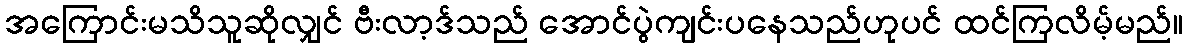
အကြောင်းမသိသူဆိုလျှင် ဗီးလာ့ဒ်သည် အောင်ပွဲကျင်းပနေသည်ဟုပင် ထင်ကြလိမ့်မည်။